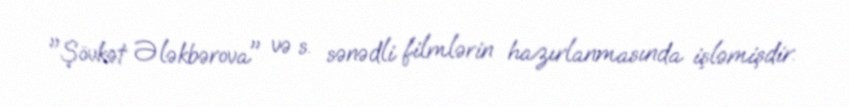
"Şövkət Ələkbərova" və s. sənədli filmlərin hazırlanmasında işləmişdir.